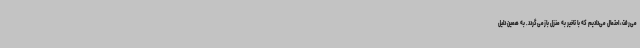
می‌رفت، احتمال می‌دادیم که با تاخیر به منزل بازمی‌گردد. به همین دلیل